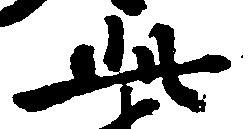
此